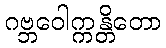
ဂဗ္ဘဝေါက္ကန္တိတော